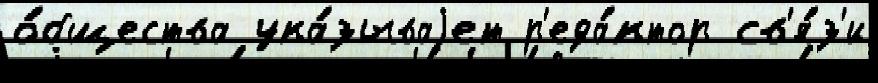
о́бщества ука́зываjет р'еда́ктор св'я́з'и